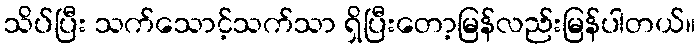
သိပ်ပြီး သက်သောင့်သက်သာ ရှိပြီးတော့မြန်လည်းမြန်ပါတယ်။